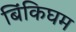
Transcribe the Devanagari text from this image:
बिंकिघम